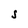
Character: S